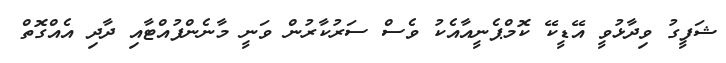
ޝަފީގު ވިދާޅުވީ އޭޑީކޭ ކޮމްޕެނީއާއެކު ވެސް ސަރުކާރުން ވަނީ މާނެންފުއްޓާއި ދާދި އެއްގޮތް